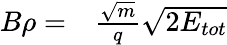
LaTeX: \begin{array}{rl}{B\rho=}&{{}\frac{\sqrt{m}}{q}\sqrt{2E_{tot}}}\end{array}